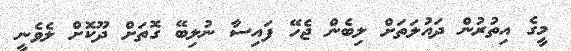
މީގެ އިތުރުން ދައުލަތަށް ލިބެން ޖެހޭ ފައިސާ ނުލިބޭ ގޮތަށް ދޫކޮށް ލެވެނީ